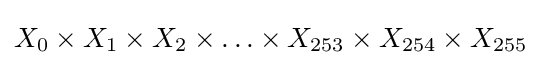
X_{0}\times X_{1}\times X_{2}\times \ldots \times X_{253}\times X_{254}\times X_{255}